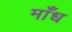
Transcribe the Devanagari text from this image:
माँध